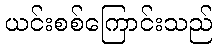
ယင်းစစ်ကြောင်းသည်